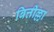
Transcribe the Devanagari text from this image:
बित्तील्ला